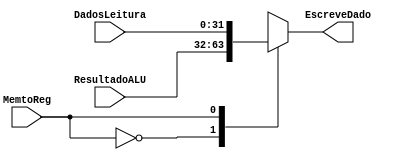
module MuxMemoriaDados (MemtoReg, DadosLeitura, ResultadoALU, EscreveDado);

	input wire MemtoReg;
	input wire [31:0] DadosLeitura, ResultadoALU;

	output reg [31:0] EscreveDado; //Banco de registradores

	always @(MemtoReg or DadosLeitura or ResultadoALU) begin
		case (MemtoReg)
			0: EscreveDado = ResultadoALU;
			1: EscreveDado = DadosLeitura;
		endcase
	end
endmodule